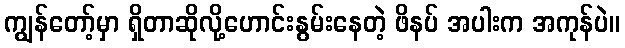
ကျွန်တော့်မှာ ရှိတာဆိုလို့ဟောင်းနွမ်းနေတဲ့ ဖိနပ် အပါးက အကုန်ပဲ။